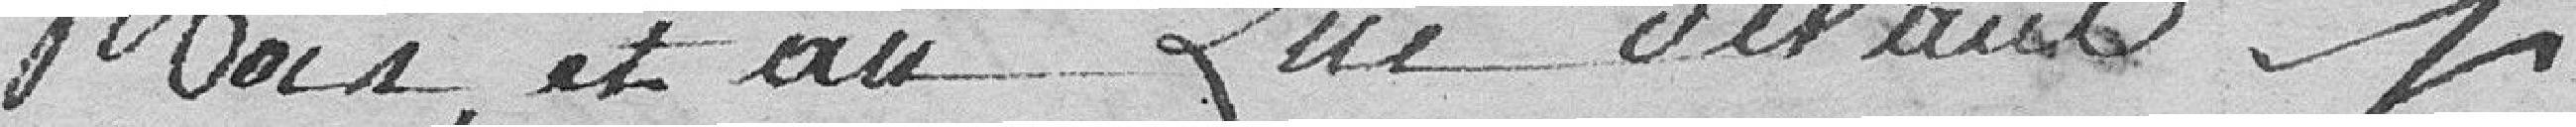
Mois, et an que devant.